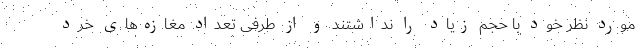
مورد نظر خود با حجم زیاد را نداشتند و از طرفی تعداد مغازه‌های خرد